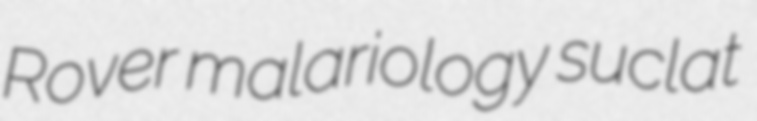
Rover malariology suclat